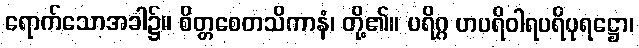
ရောက်သောအခါ၌။ စိတ္တစေတသိကာနံ၊ တို့၏။ ပရိဂ္ဂ ဟပရိဝါရပရိပုရဋ္ဌော၊